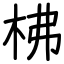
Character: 柫